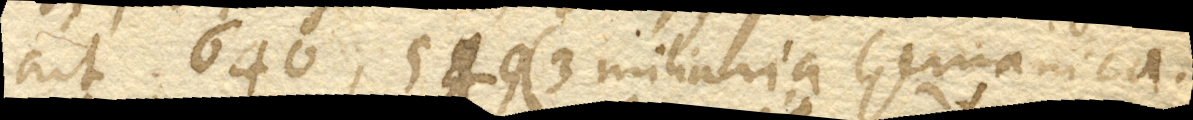
ait 640,549 (3 miliaria Germanica.